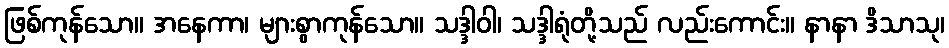
ဖြစ်ကုန်သော။ အနေကာ၊ များစွာကုန်သော။ သဒ္ဒါဝါ၊ သဒ္ဒါရုံတို့သည် လည်းကောင်း။ နာနာ ဒိသာသု၊